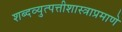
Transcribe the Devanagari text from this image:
शब्दव्युत्पत्तीशास्त्राप्रमाणे